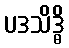
ပဒသိဒ္ဓိ